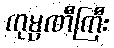
ကုမ္ပဏီကြီး